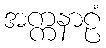
အက္ကနာဠံ